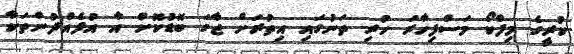
ކުރީގެ މިފްކޯ މަސްފިހާރަ ހުރި ތަނުގައި އިތުރަށް ޖާގަ ބޮޑުކޮށް އާ އުފެއްދުންތަކާ